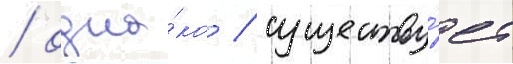
/ одна́ко / существу́ет